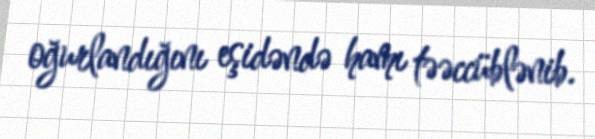
oğurlandığını eşidəndə hamı təəccüblənib.